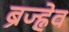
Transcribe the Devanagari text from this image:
ब्रेज्ह्नेव